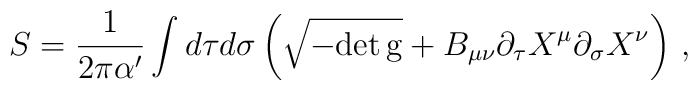
S = \frac{1}{2\pi \alpha^\prime} \int d\tau d\sigma \left( \sqrt{-\rm{det}\, g} + B_{\mu \nu} \partial_\tau X^\mu \partial_\sigma X^\nu \right)\,,